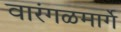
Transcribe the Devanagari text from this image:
वारंगळमार्गे